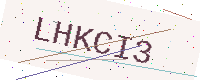
Text: LHKCI3